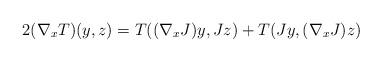
LaTeX: \begin{align*} 2(\nabla_xT)(y,z)=T((\nabla_xJ)y,Jz)+T(Jy,(\nabla_xJ)z) \end{align*}